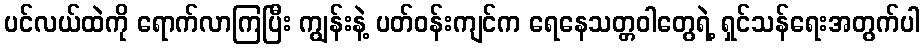
ပင်လယ်ထဲကို ရောက်လာကြပြီး ကျွန်းနဲ့ ပတ်ဝန်းကျင်က ရေနေသတ္တဝါတွေရဲ့ ရှင်သန်ရေးအတွက်ပါ